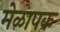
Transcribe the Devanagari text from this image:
मेळापक